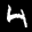
Label: 4